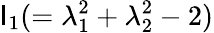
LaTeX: \mathsf{I}_{1}(=\lambda_{1}^{2}+\lambda_{2}^{2}-2)